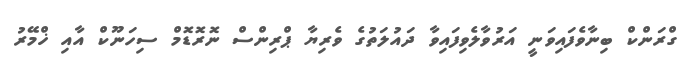
ގްރަންކް ބިނާވެފައިވަނީ އަރުވާލެވިފައިވާ ދައުލަތުގެ ވެރިޔާ ޕްރިންސް ނޮރޮޑޮމް ސިހަނޫކް އާއި ޚްމޭރު